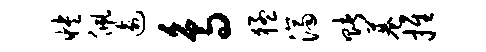
怏佩逾鸟猛济赌巷推